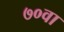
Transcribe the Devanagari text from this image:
७०वा